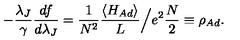
- \frac { \lambda _ { J } } { \gamma } \frac { d f } { d \lambda _ { J } } = \frac { 1 } { N ^ { 2 } } \frac { \langle H _ { A d } \rangle } { L } \Big / e ^ { 2 } \frac { N } { 2 } \equiv \rho _ { A d } .